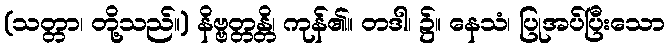
(သတ္တာ၊ တို့သည်။) နိဗ္ဗတ္တန္တိ၊ ကုန်၏။ တဒါ၊ ၌။ နေသံ၊ ပြုအပ်ပြီးသော